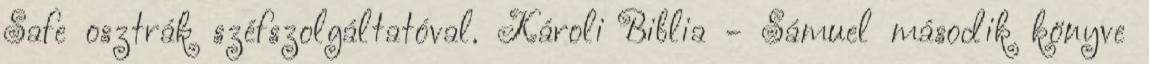
Safe osztrák széfszolgáltatóval. Károli Biblia - Sámuel második könyve